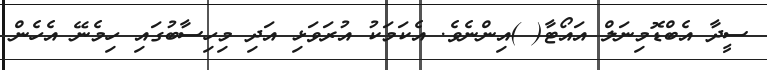
ސީދާ އެބްޑޮމިނަލް އައޯޓާ( )އިންނެވެ. އެކަމަކު އުރަވަޅި އަދި މިހިސާބުގައި ހިމެނޭ އެހެން